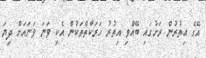
އޭގެ އިތުރުން ރަށުގައި ބޭއްވި އިތުރު ހަރަކާތްތަކުން އެކި ވަނަ ވަނައަށް ދިޔަ